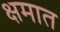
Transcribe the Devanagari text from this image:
क्षमात